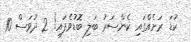
ކުޑަ ރަށެއްގައި ކެންސަރު ބަލި ބޮޑުވެފައި! 2 ދުވަސް 10